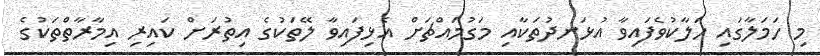
މި ހަމަލާގައި ހަލާކުވެފައިވާ އުޅަނދުތަކާއި މަގުމައްޗަށް އެޅިފައިވާ ލޭތަކުގެ އިތުރަށް ކައިރި އިމާރާތްތަކުގެ